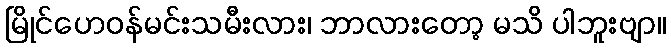
မြိုင်ဟေဝန်မင်းသမီးလား၊ ဘာလားတော့ မသိ ပါဘူးဗျာ။